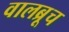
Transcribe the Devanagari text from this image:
वालब्रूच